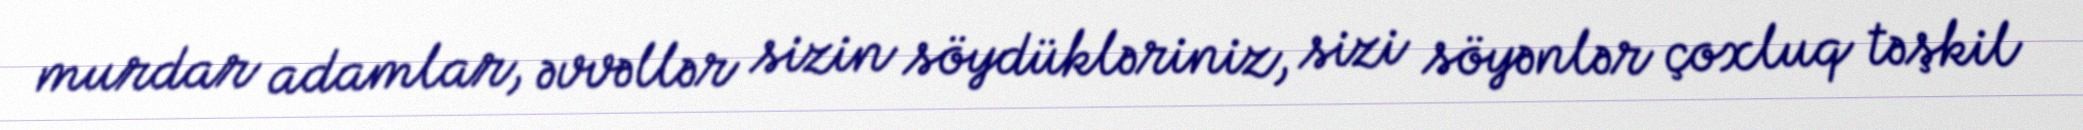
murdar adamlar, əvvəllər sizin söydükləriniz, sizi söyənlər çoxluq təşkil